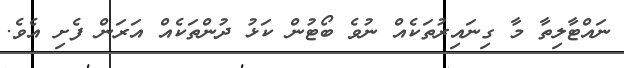
ނައްޓާލިތާ މާ ގިނައިރުތަކެއް ނުވެ ބޯޓުން ކަޅު ދުންތަކެއް އަރަން ފެށި އެވެ.